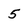
Character: 5